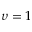
\upsilon = 1